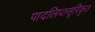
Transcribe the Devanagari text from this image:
पादलिप्तसूरिकृत